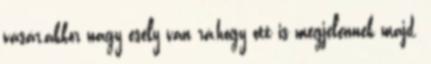
vásár,akkor nagy esély van rá,hogy ott is megjelennek majd.